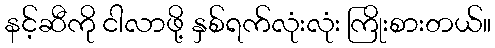
နင့်ဆီကို ငါလာဖို့ နှစ်ရက်လုံးလုံး ကြိုးစားတယ်။